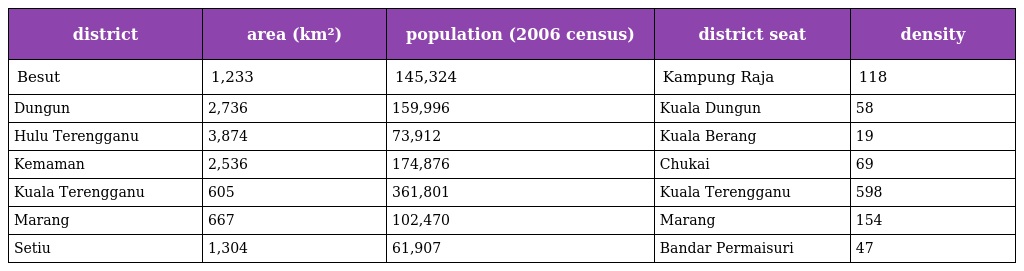
| district | area (km²) | population (2006 census) | district seat | density |
 | --- | --- | --- | --- | --- |
 | Besut | 1,233 | 145,324 | Kampung Raja | 118 |
 | Dungun | 2,736 | 159,996 | Kuala Dungun | 58 |
 | Hulu Terengganu | 3,874 | 73,912 | Kuala Berang | 19 |
 | Kemaman | 2,536 | 174,876 | Chukai | 69 |
 | Kuala Terengganu | 605 | 361,801 | Kuala Terengganu | 598 |
 | Marang | 667 | 102,470 | Marang | 154 |
 | Setiu | 1,304 | 61,907 | Bandar Permaisuri | 47 |